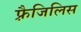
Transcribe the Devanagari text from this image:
फ़्रैजिलिस